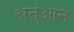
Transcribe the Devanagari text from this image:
अनुंआन